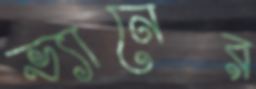
ভ্যানের